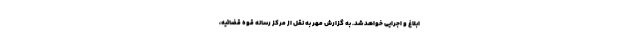
ابلاغ و اجرایی خواهد شد. به گزارش مهر به نقل از مرکز رسانه قوه قضائیه،